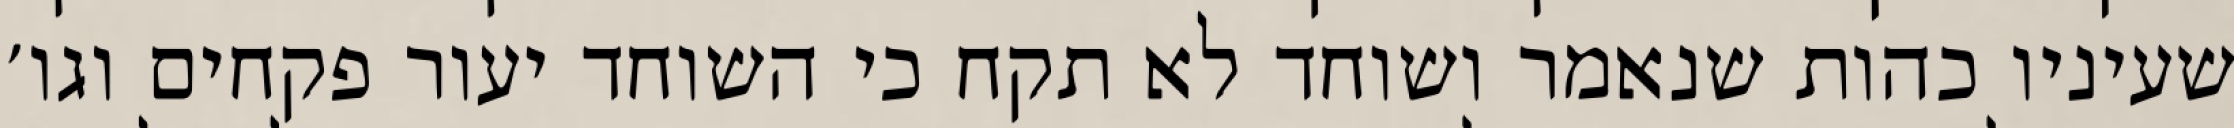
שעיניו כהות שנאמר ושוחד לא תקח כי השוחד יעור פקחים וגו׳